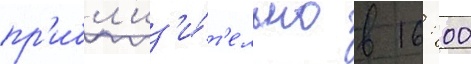
пр'ибл'из'и́т'ельно в 16: 00